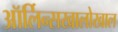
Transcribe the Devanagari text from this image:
ऑर्लिन्सखालोखाल